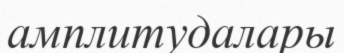
амплитудалары